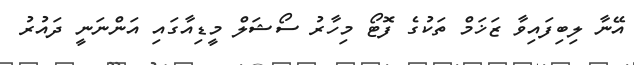
އޭނާ ލިބިފައިވާ ޒަޚަމް ތަކުގެ ފޮޓޯ މިހާރު ސޯޝަލް މީޑިއާގައި އަންނަނީ ދައުރު